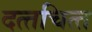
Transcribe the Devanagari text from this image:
दत्‍तचित्‍त